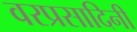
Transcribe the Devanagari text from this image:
वरप्रसादिनी